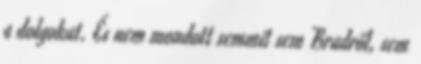
a dolgokat. És nem mondott semmit sem Bradről, sem